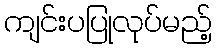
ကျင်းပပြုလုပ်မည့်